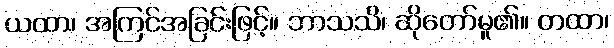
ယထာ၊ အကြင်အခြင်းဖြင့်။ ဘာသသိ၊ ဆိုတော်မူ၏။ တထာ၊